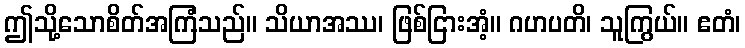
ဤသို့သောစိတ်အကြံသည်။ သိယာအဿ၊ ဖြစ်ငြားအံ့။ ဂဟပတိ၊ သူကြွယ်။ ဧတံ၊